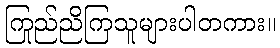
ကြည်ညိုကြသူများပါတကား။